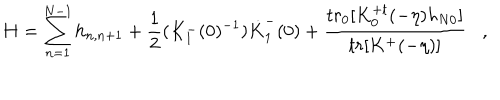
H = \sum _ { n = 1 } ^ { N - 1 } h _ { n , n + 1 } + \frac { 1 } { 2 } ( K _ { 1 } ^ { - } ( 0 ) ^ { - 1 } ) \dot { K } _ { 1 } ^ { - } ( 0 ) + \frac { t r _ { 0 } [ K _ { 0 } ^ { + t } ( - \eta ) h _ { N 0 } ] } { t r [ K ^ { + } ( - \eta ) ] } ,